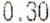
0.30